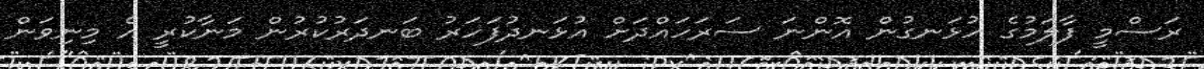
ރަސްމީ ފާލަމުގެ ހުޅަނގުން އޮންނަ ސަރަހައްދަށް އުޅަނދުފަހަރު ބަނދަރުކުރުން މަނާކުރީ އެ މިނިވަން